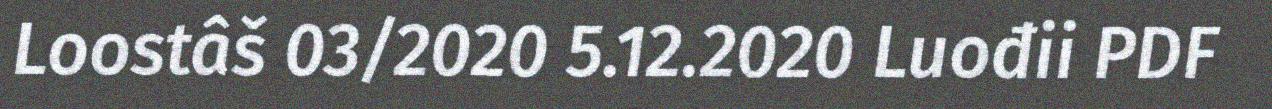
Loostâš 03/2020 5.12.2020 Luođii PDF